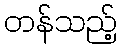
တန်သည့်